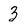
Character: 3